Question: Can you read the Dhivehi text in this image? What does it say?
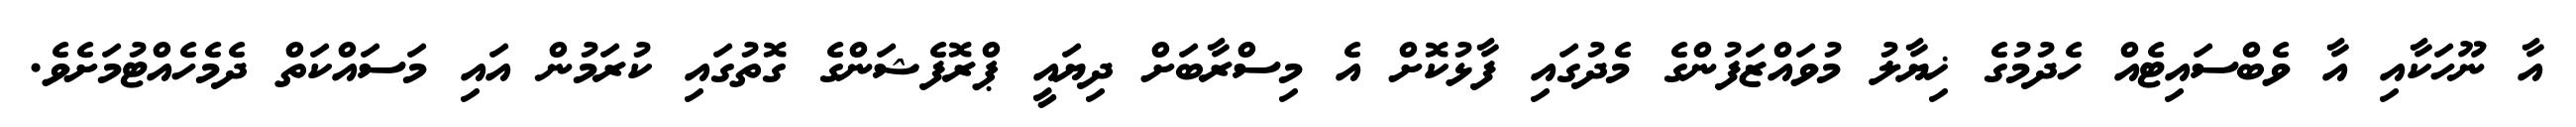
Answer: އާ ނޫހަކާއި އާ ވެބްސައިޓެއް ހެދުމުގެ ޚިޔާލު މުވައްޒަފުންގެ މެދުގައި ފާޅުކޮށް އެ މިސްރާބަށް ދިޔައީ ޕްރޮފެޝަންގެ ގޮތުގައި ކުރަމުން އައި މަސައްކަތް ދެމެހެއްޓުމަށެވެ.